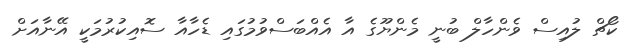
ކޯޗް ލުއިސް ވެންހާލް ބުނީ މެންޔޫގެ އާ އެއްބަސްވުމުގައި ޑެހާއާ ސޮއިކުރުމަކީ އޭނާއަށް